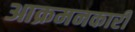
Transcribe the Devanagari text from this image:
आक्रमनकारी